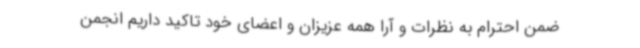
ضمن احترام به نظرات و آرا همه عزیزان و اعضای خود تاکید داریم انجمن